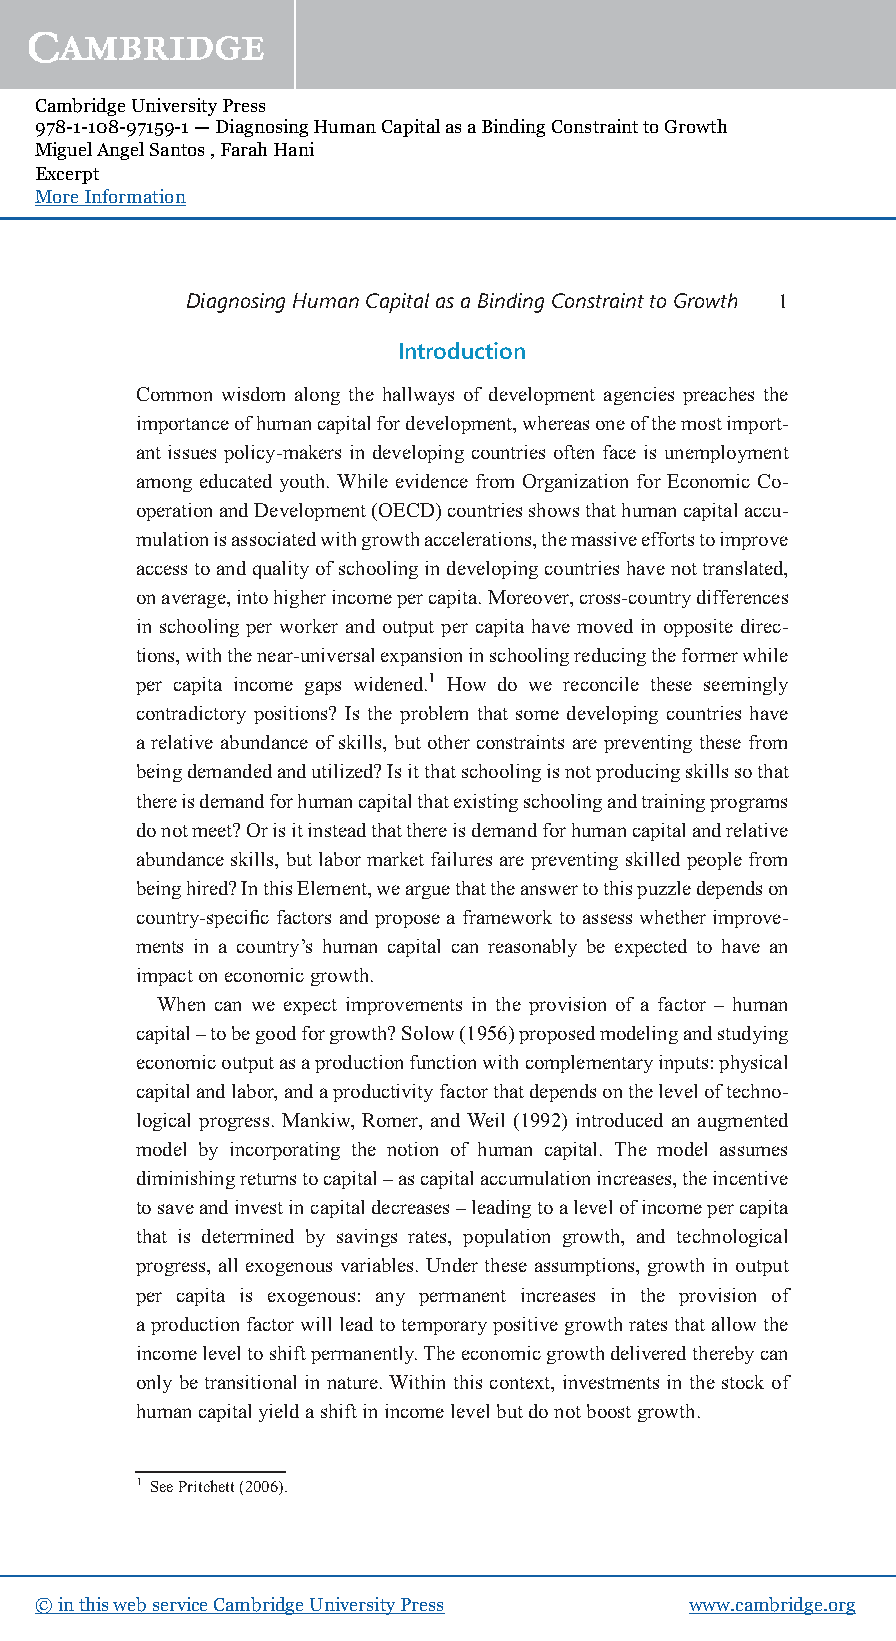
Cambridge University Press
 978-1-108-97159-1 — Diagnosing Human Capital as a Binding Constraint to Growth
 Miguel Angel Santos , Farah Hani
 Excerpt
 More Information
 DiagnosingHumanCapitalasaBindingConstrainttoGrowth 1
 Introduction
 Common wisdom along the hallways of development agencies preaches the
 importanceofhumancapitalfordevelopment,whereasoneofthemostimport-
 ant issues policy-makers in developing countries often face is unemployment
 among educated youth. While evidence from Organization for Economic Co-
 operationandDevelopment(OECD)countriesshowsthathumancapitalaccu-
 mulationisassociatedwithgrowthaccelerations,themassiveeffortstoimprove
 accesstoandqualityofschoolingindevelopingcountrieshavenottranslated,
 onaverage,intohigherincomepercapita.Moreover,cross-countrydifferences
 in schooling per worker and output per capita have moved in opposite direc-
 tions,withthenear-universalexpansioninschoolingreducingtheformerwhile
 per capita income gaps widened.1 How do we reconcile these seemingly
 contradictory positions? Is the problem that some developing countries have
 a relative abundance of skills, but other constraints are preventing these from
 beingdemandedandutilized?Isitthatschoolingisnotproducingskillssothat
 thereisdemandforhumancapitalthatexistingschoolingandtrainingprograms
 donotmeet?Orisitinsteadthatthereisdemandforhumancapitalandrelative
 abundanceskills,butlabormarketfailuresarepreventingskilledpeoplefrom
 beinghired?InthisElement,wearguethattheanswertothispuzzledependson
 country-specific factors and proposea framework to assess whether improve-
 ments in a country’s human capital can reasonably be expected to have an
 impactoneconomicgrowth.
 When can we expect improvements in the provision of a factor – human
 capital–tobegoodforgrowth?Solow(1956)proposedmodelingandstudying
 economicoutputasaproductionfunctionwithcomplementaryinputs:physical
 capitalandlabor,andaproductivityfactorthatdependsontheleveloftechno-
 logical progress. Mankiw, Romer, and Weil (1992) introduced an augmented
 model by incorporating the notion of human capital. The model assumes
 diminishingreturnstocapital–ascapitalaccumulationincreases,theincentive
 tosaveandinvestincapitaldecreases–leadingtoalevelofincomepercapita
 that is determined by savings rates, population growth, and technological
 progress, all exogenous variables. Under these assumptions, growth in output
 per capita is exogenous: any permanent increases in the provision of
 aproductionfactorwillleadtotemporarypositivegrowthratesthatallowthe
 incomeleveltoshiftpermanently.Theeconomicgrowthdeliveredtherebycan
 onlybetransitional innature.Withinthis context, investments inthestock of
 humancapitalyieldashiftinincomelevelbutdonotboostgrowth.
 1 SeePritchett(2006).
 © in this web service Cambridge University Press www.cambridge.org